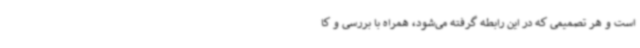
است و هر تصمیمی که در این رابطه گرفته می‌شود، همراه با بررسی و کا